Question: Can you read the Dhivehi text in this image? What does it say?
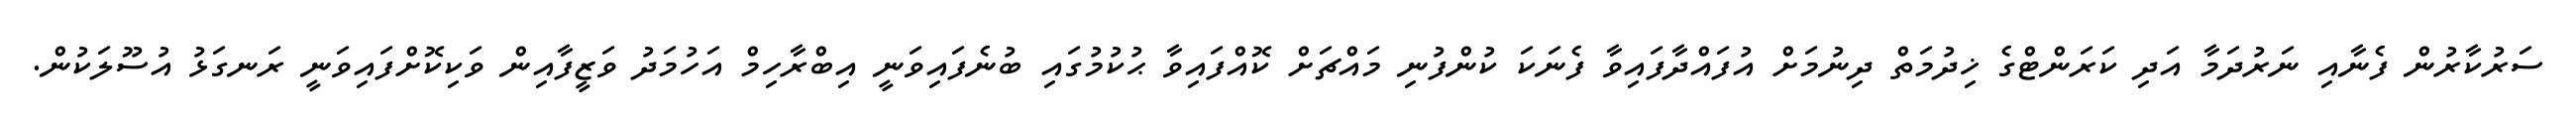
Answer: ސަރުކާރުން ފެނާއި ނަރުދަމާ އަދި ކަރަންޓްގެ ޚިދުމަތް ދިނުމަށް އުފައްދާފައިވާ ފެނަކަ ކުންފުނި މައްޗަށް ކޮއްފައިވާ ޙުކުމުގައި ބުނެފައިވަނީ އިބްރާހިމް އަހުމަދު ވަޒީފާއިން ވަކިކޮށްފައިވަނީ ރަނގަޅު އުސޫލަކުން.